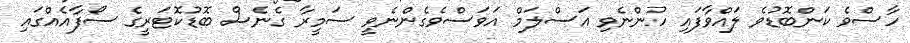
ހާސްވެ ކަންބޮޑުވެ ލައްވާފައި ހުންނެވި އަސްލަމް އަވަސްވެގެންނެވީ ސަމީރާ ގެނެސް ބޮޑުކޮޓަރީގެ ސޯފާއެއްގައި